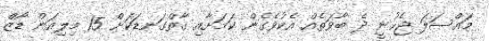
މައްސަލަ ޖެހުނީ ދެ ބާވަތެއް އެކުވެގެން ކަމަށާއި ގާތްގަނޑަކަށް 15 މިލިއަން ޑޯޒް